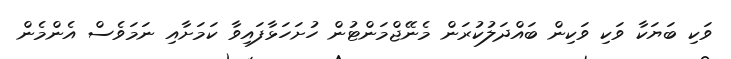
ވަކި ބަޔަކާ ވަކި ވަކިން ބައްދަލުކުރަން މެނޭޖްމަންޓުން ހުށަހަޅާފައިވާ ކަމަށާއި ނަމަވެސް އެންމެން